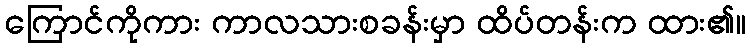
ကြောင်ကိုကား ကာလသားစခန်းမှာ ထိပ်တန်းက ထား၏။